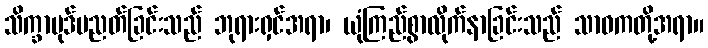
သိက္ခာပုဒ်ပညတ်ခြင်းသည် ဘုရားရှင်အရာ၊ ယုံကြည်စွာလိုက်နာခြင်းသည် သာဝကတို့အရာ။